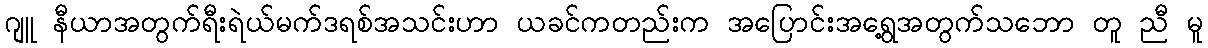
ဂျူ နီယာအတွက်ရီးရဲယ်မက်ဒရစ်အသင်းဟာ ယခင်ကတည်းက အပြောင်းအရွေ့အတွက်သဘော တူ ညီ မူ